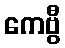
ကေဗွီ